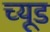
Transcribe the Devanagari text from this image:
च्यूड